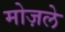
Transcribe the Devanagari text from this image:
मोज़ले